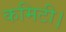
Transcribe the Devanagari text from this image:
कमिटी।